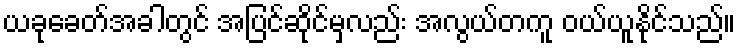
ယခုခေတ်အခါတွင် အပြင်ဆိုင်မှလည်း အလွယ်တကူ ဝယ်ယူနိုင်သည်။